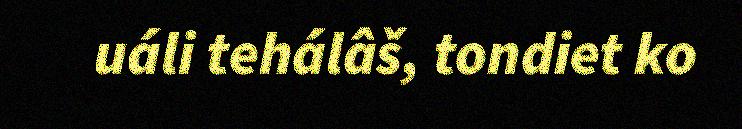
uáli tehálâš, tondiet ko